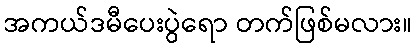
အကယ်ဒမီပေးပွဲရော တက်ဖြစ်မလား။